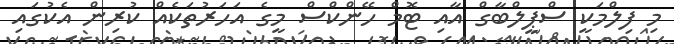
މި ފިލްމަކީ ސްޕީލްބާގް އާއި ޓޮމް ހޭންކްސް މީގެ އަހަރުތަކެއް ކުރިން އެކުގައި